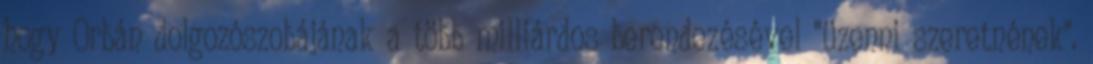
hogy Orbán dolgozószobájának a több milliárdos berendezésével "üzenni szeretnének".